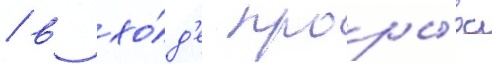
/ в хо́д'е проры́ва